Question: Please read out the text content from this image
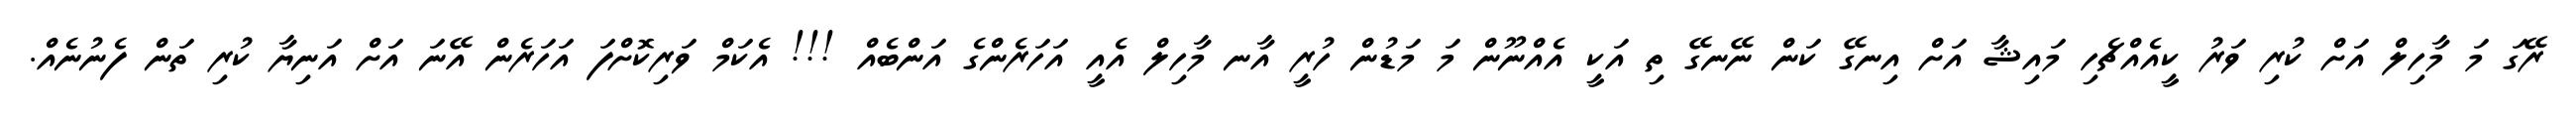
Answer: ރޭގަ މަ މާހިލް އަށް ކުރި ވަރު ކީއެއްޗެހި މައިޝާ އަށް އިނގޭ ކަން ނޭނގޭ ތި އަކީ އެއްނޫން މަ މަޑުން ހުރީ އާނ މާހިލް އެއީ އަހަރެންގެ އަންބެއް !!! އެކަމް ވަރިކޮށްފަ އަހަރެން އޭނަ އަށް އަނިޔާ ކުރި ތަން ފެނުނެއް.